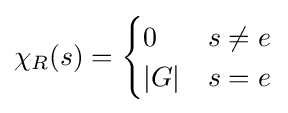
\chi _{R}(s)={\begin{cases}0&s\neq e\\|G|&s=e\end{cases}}